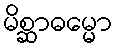
မိစ္ဆာဓမ္မော